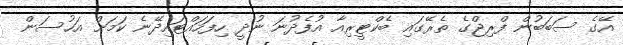
އޭގެ ސަބަބުން ފްރިޖްގެ ތެރޭގައި ބެކްޓީރިއާ އުފެދުނަ ނުދީ ހިފަހައްޓައިދޭނެ ކަމަށް އަހުސަން